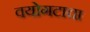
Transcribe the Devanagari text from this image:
वयोगटाचा